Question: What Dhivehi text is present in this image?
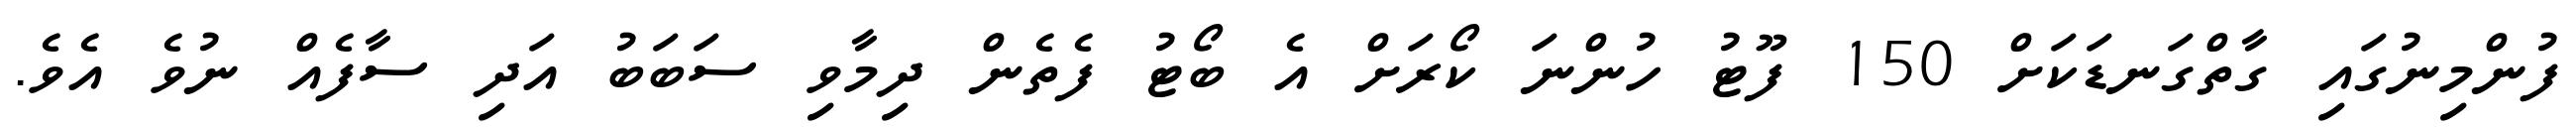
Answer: ފުންމިނުގައި ގާތްގަނޑަކަށް 150 ފޫޓު ހުންނަ ކޯރަށް އެ ބޯޓު ފެތެން ދިމާވި ސަބަބު އަދި ސާފެއް ނުވެ އެވެ.